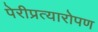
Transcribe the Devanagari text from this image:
पेरीप्रत्यारोपण